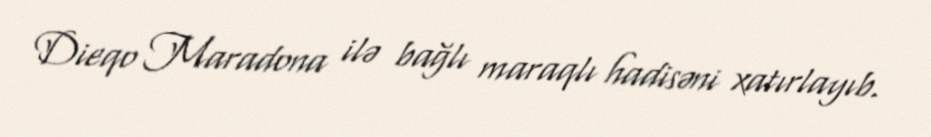
Dieqo Maradona ilə bağlı maraqlı hadisəni xatırlayıb.